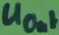
Text: UOut